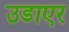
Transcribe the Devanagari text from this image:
उडाएर